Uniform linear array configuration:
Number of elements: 24
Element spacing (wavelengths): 0.75
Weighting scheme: hamming
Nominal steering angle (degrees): -45
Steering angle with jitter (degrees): -44.869
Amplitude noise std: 0.05
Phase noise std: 0.05

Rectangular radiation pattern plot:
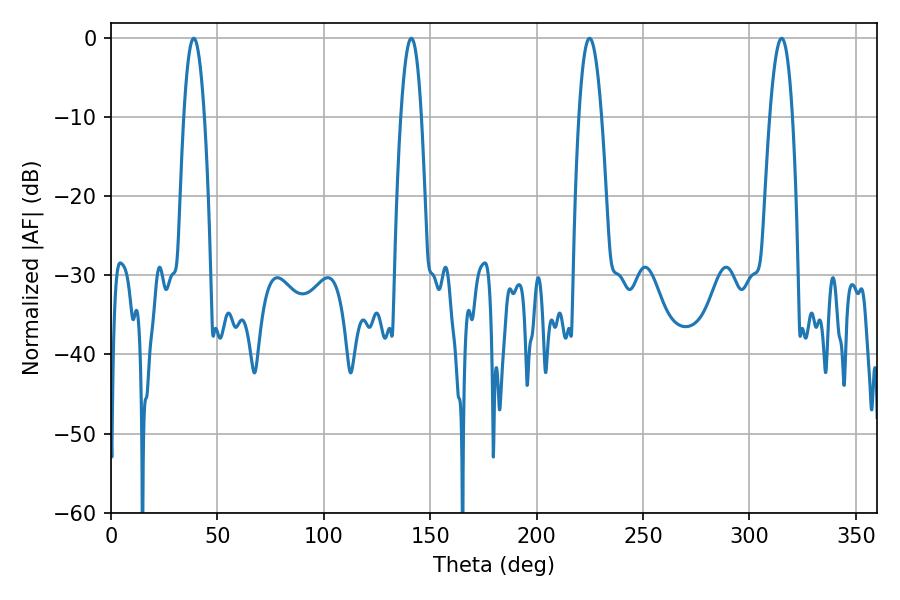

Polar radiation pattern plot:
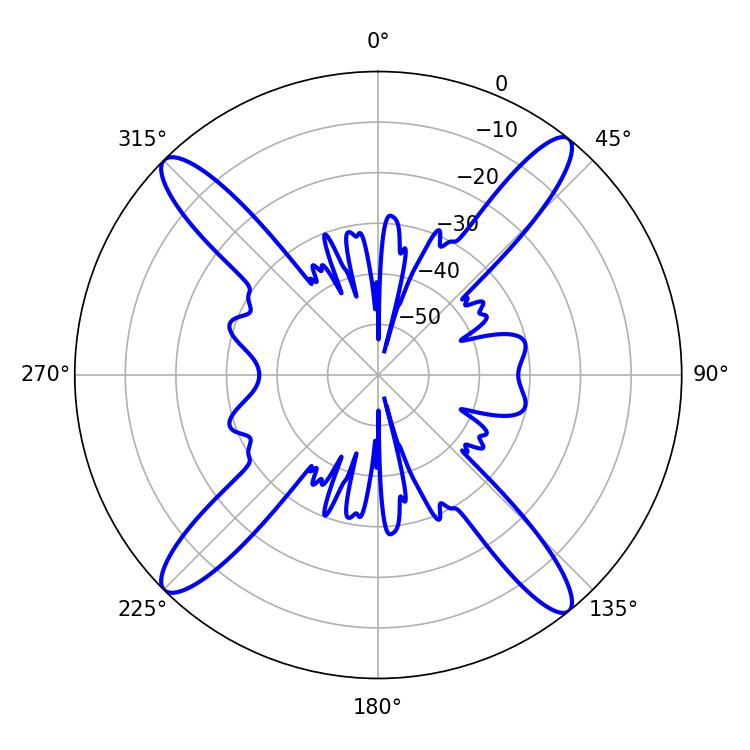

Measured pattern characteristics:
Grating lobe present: TRUE
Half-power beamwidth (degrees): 5.22
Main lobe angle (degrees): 38.88